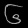
Digit: ၆